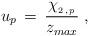
LaTeX: \begin{align*}u_p \,=\,\frac{ \chi_{_{2\,,\,p}}}{z_{max}}\;,\end{align*}